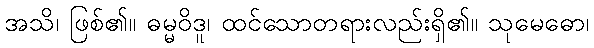
အသိ၊ ဖြစ်၏။ ဓမ္မဝိဒူ၊ ထင်သောတရားလည်းရှိ၏။ သုမေဓော၊